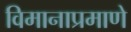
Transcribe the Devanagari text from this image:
विमानाप्रमाणे